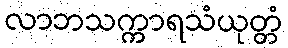
လာဘသက္ကာရသံယုတ္တံ